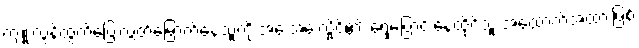
ကျူးလွန်ထွက်ပြေးလွှတ်မြောက်နေသူကို အေးအေးလှိုင်၏ ရွှေ့ပြောင်းနေထိုင်သူ အထောက်အထားဖြစ်